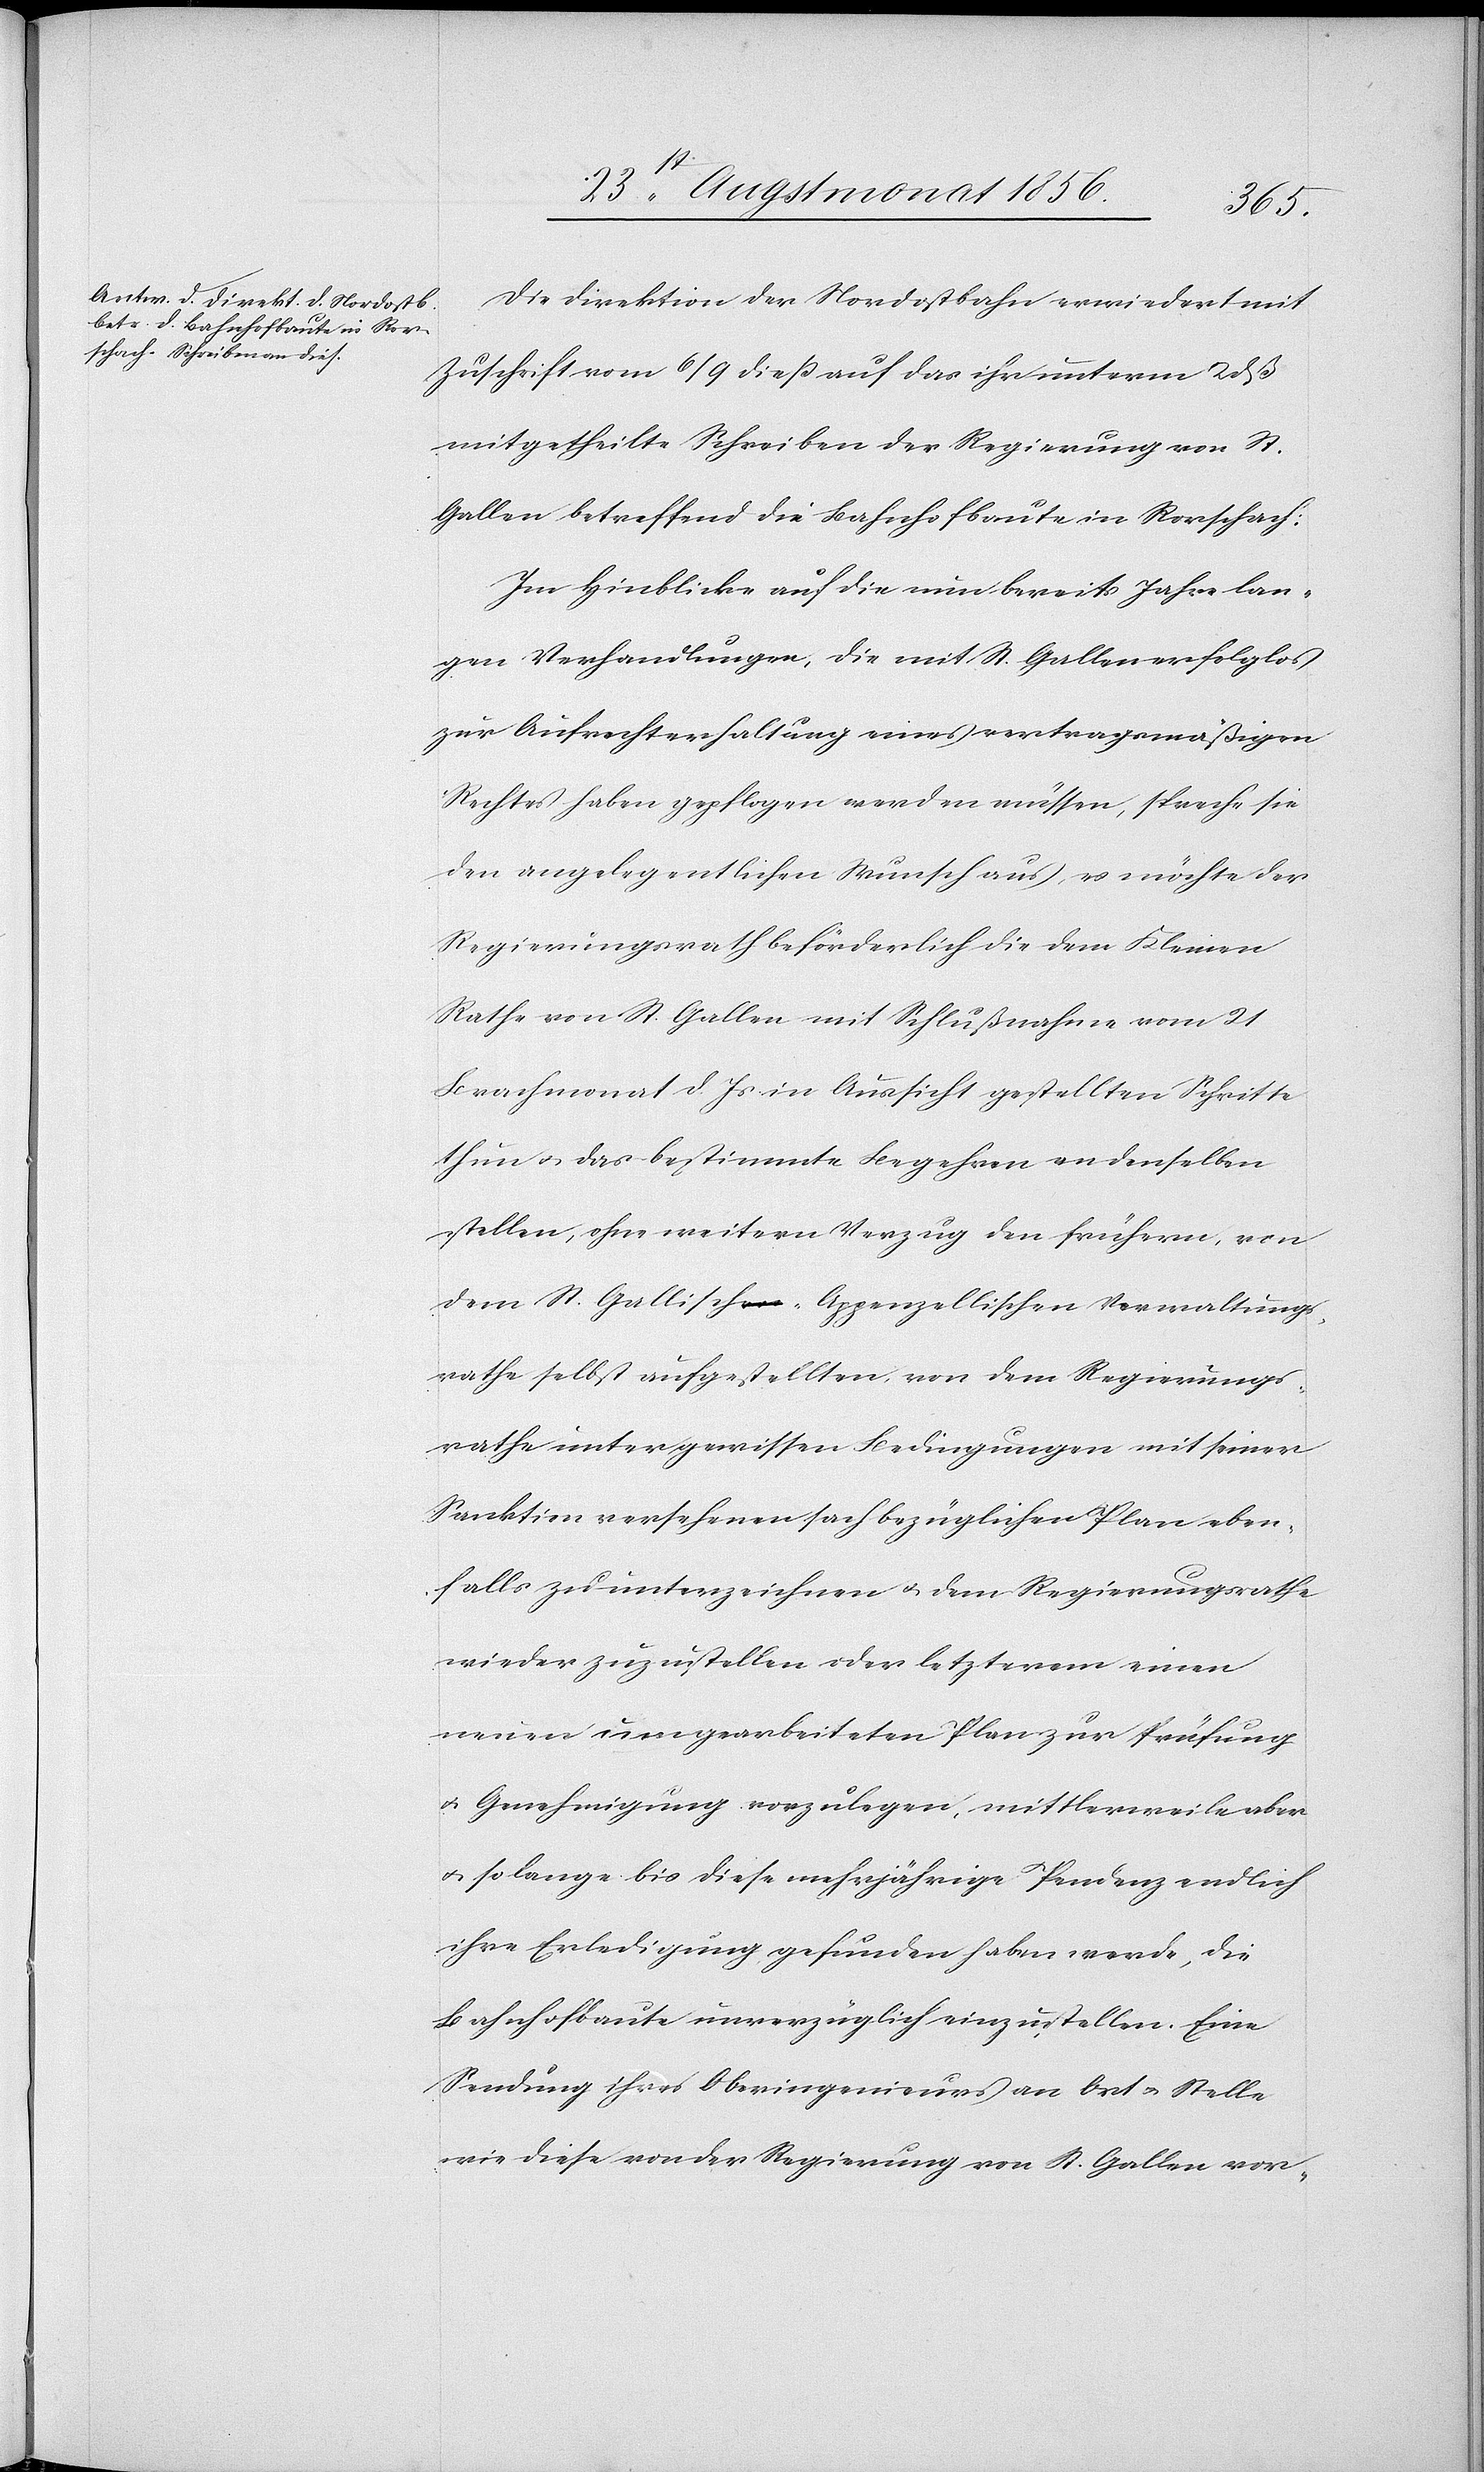
Die Direktion der Nordostbahn erwiedert mit
Zuschrift vom 6/9 diess auf das ihr unterm 2 dß
mitgetheilte Schreiben der Regierung von St.
Gallen betreffend die Bahnhofbaute in Rorschach:
Im Hinblicke auf die nun bereits Jahre lan¬
gen Verhandlungen, die mit St. Gallen erfolglos
zur Aufrechterhaltung eines vertragsmäßigen
Rechtes haben gepflogen werden müssen, spreche sie
den angelegentlichen Wunsch aus, es möchte der
Regierungsrath beförderlich die dem Kleinen
Rathe von St. Gallen mit Schlußnahme vom 21
Brachmonat d. Js in Aussicht gestellten Schritte
thun u. das bestimmte Begehren an denselben
stellen, ohne weitern Verzug den frühern, von
dem St. Gallisch-Appenzellischen Verwaltungs¬
rathe selbst aufgestellten von dem Regierungs¬
rathe unter gewissen Bedingungen mit seiner
Sanktion versehenen sachbezüglichen Plan eben¬
falls zu unterzeichnen u. dem Regierungsrathe
wieder zuzustellen oder letzterem einen
neuen umgearbeiteten Plan zur Prüfung
u. Genehmigung vorzulegen, mittlerweile aber
u. so lange bis diese mehrjährige Pendenz endlich
ihre Erledigung gefunden haben werde, die
Bahnhofbaute unverzüglich einzustellen. Eine
Sendung ihres Oberingenieurs an Ort u. Stelle
wie diese von der Regierung von St. Gallen vor-